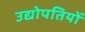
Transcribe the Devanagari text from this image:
उद्योपतियों